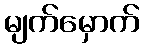
မျက်မှောက်